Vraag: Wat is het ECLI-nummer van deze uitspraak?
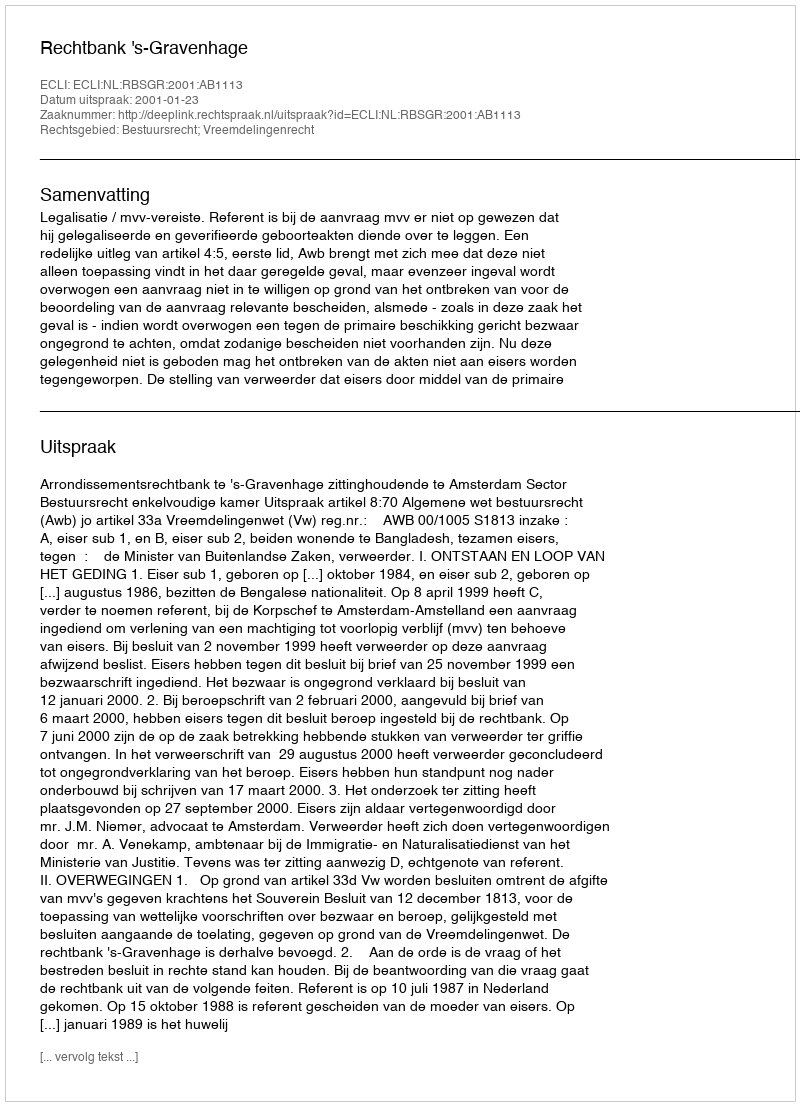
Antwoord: ECLI:NL:RBSGR:2001:AB1113